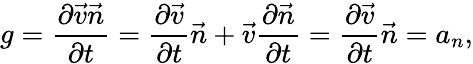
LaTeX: g=\frac{\partial\vec{v}\vec{n}}{\partial t}=\frac{\partial\vec{v}}{\partial t}\vec{n}+\vec{v}\frac{\partial\vec{n}}{\partial t}=\frac{\partial\vec{v}}{\partial t}\vec{n}=a_{n},